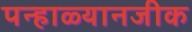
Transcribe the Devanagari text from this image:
पन्हाळ्यानजीक